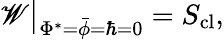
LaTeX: \mathscr{W}\big|_{\Phi^{*}=\bar{{\phi}}=\hbar=0}=S_{\mathrm{{cl}}},